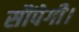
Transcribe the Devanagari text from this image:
सौंपेगी।